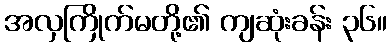
အလှကြိုက်မတို့၏ ကျဆုံးခန်း ၃၆။